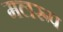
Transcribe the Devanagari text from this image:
मलरूप